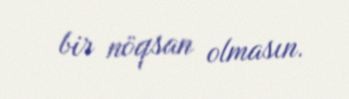
bir nöqsan olmasın.